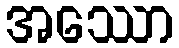
အဿော